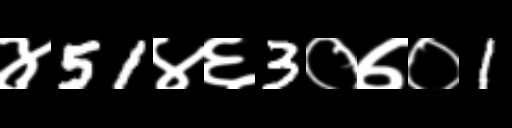
Text: ४51४६3०७०1